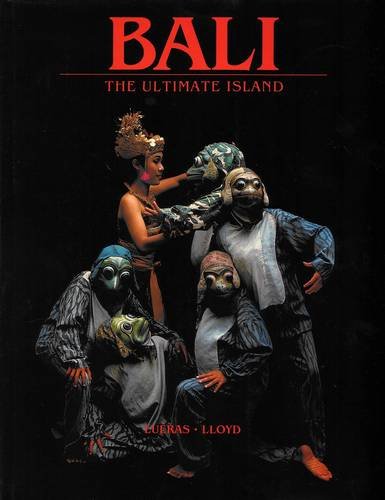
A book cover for Bali: Ultimate Island; Leonard Lueras; Travel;